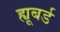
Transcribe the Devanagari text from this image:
ह्यूबर्ड